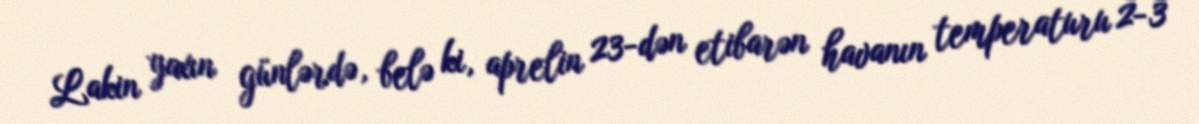
Lakin yaxın günlərdə, belə ki, aprelin 23-dən etibarən havanın temperaturu 2-3